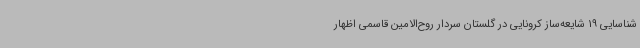
شناسایی 19 شایعه‌ساز کرونایی در گلستان سردار روح‌الامین قاسمی اظهار